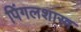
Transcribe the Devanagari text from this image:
पिंगलशास्त्र